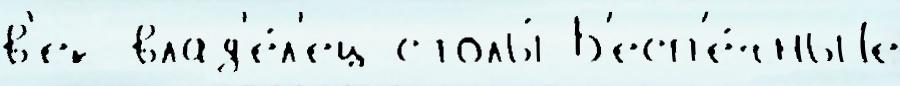
в'ек влад'е́л'ец столы́ Б'есп'е́чныjе